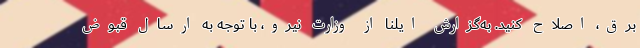
برق، اصلاح کنید. به‌گزارش ایلنا از وزارت نیرو، با توجه به ارسال قبوض